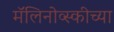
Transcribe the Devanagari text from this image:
मॅलिनोव्स्कीच्या